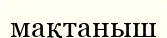
мақтаныш